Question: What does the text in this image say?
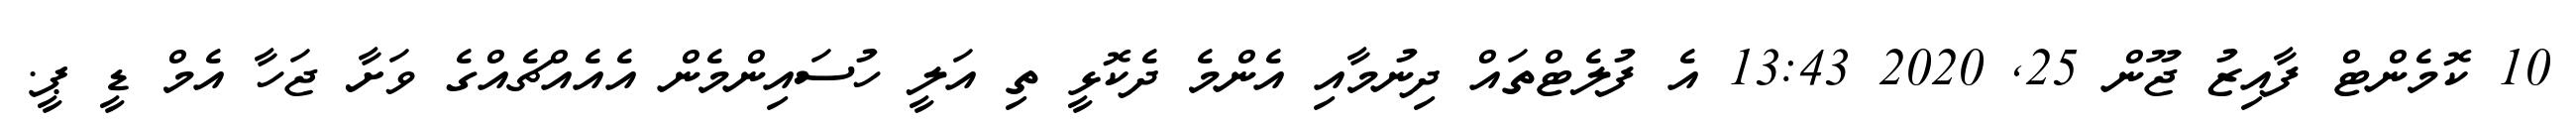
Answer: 10 ކޮމެންޓް ފާއިޒު ޖޫން 25, 2020 13:43 އެ ފުލެޓްތައް ދިނުމާއި އެންމެ ދެކޮޅީ ތި އަލީ ހުސައިންމެން އެއެއްޗެއްގެ ވަށާ ޖަހާ އެމް ޑީ ޕީ.